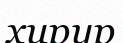
хирур